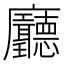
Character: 𢌖